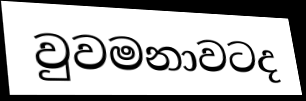
වුවමනාවටද